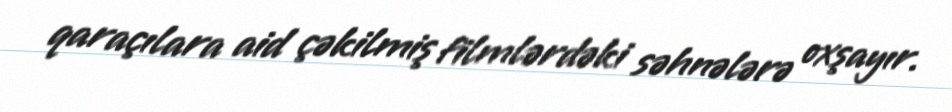
qaraçılara aid çəkilmiş filmlərdəki səhnələrə oxşayır.